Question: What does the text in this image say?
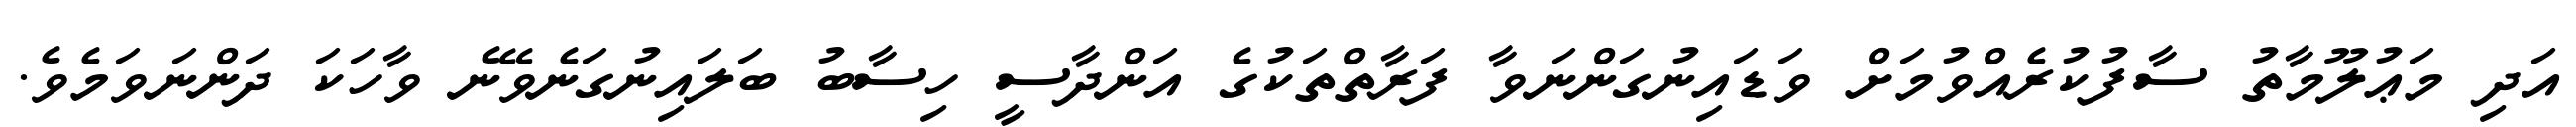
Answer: އަދި މަޢުލޫމާތު ސާފުކުރެއްވުމަށް ވަޑައިނުގަންނަވާ ފަރާތްތަކުގެ އަންދާސީ ހިސާބު ބަލައިނުގަނެވޭނެ ވާހަކަ ދަންނަވަމެވެ.